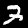
Digit: 3